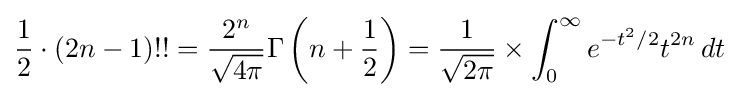
{\frac {1}{2}}\cdot (2n-1)!!={\frac {2^{n}}{\sqrt {4\pi }}}\Gamma \left(n+{\frac {1}{2}}\right)={\frac {1}{\sqrt {2\pi }}}\times \int _{0}^{\infty }e^{-t^{2}/2}t^{2n}\,dt